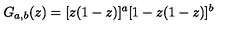
G _ { a , b } ( z ) = [ z ( 1 - z ) ] ^ { a } [ 1 - z ( 1 - z ) ] ^ { b }